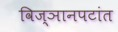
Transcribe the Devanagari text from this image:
विज्ञानपटांत